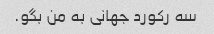
سه رکورد جهانی به من بگو.